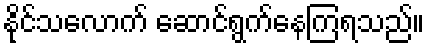
နိုင်သလောက် ဆောင်ရွက်နေကြရသည်။